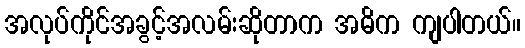
အလုပ်ကိုင်အခွင့်အလမ်းဆိုတာက အဓိက ကျပါတယ်။